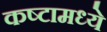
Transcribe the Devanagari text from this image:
कष्टामध्ये